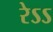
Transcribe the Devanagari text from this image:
रेऽऽ